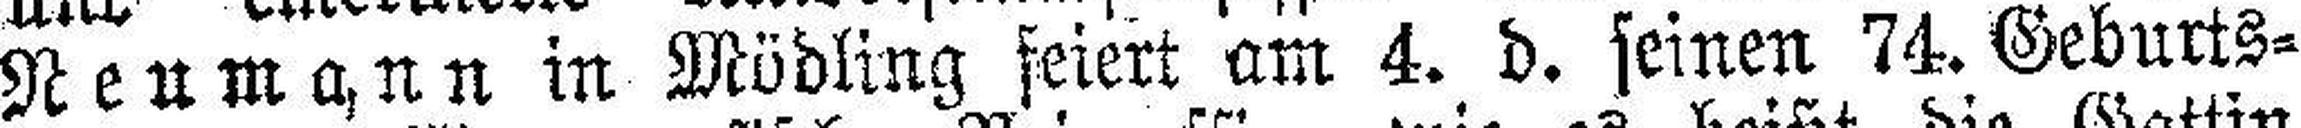
Neumann in Mödling feiert am 4. d. seinen 74. Geburts¬